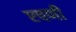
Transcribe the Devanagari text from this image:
एषणी